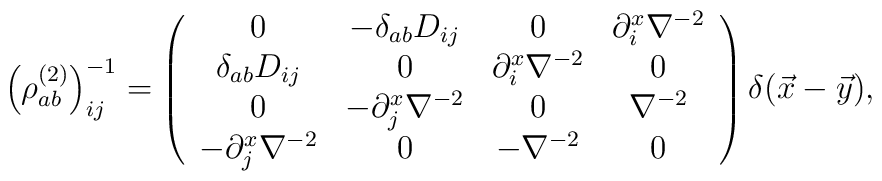
{\left(\rho^{(2)}_{ab}\right)}^{-1}_{ij}=\left(\begin{array}{cccc}0 & -\delta_{ab}D_{ij} & 0 & \partial_{i}^x \nabla^{-2}\\\delta_{ab}D_{ij} & 0 & \partial_i^x\nabla^{-2} & 0\\0 & -\partial_j^x \nabla^{-2}& 0 & \nabla^{-2}\\-\partial_j^x \nabla^{-2}& 0 & -\nabla^{-2} & 0\end{array}\right)\delta(\vec x-\vec y),